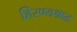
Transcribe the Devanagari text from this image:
हिरण्यश्राद्ध